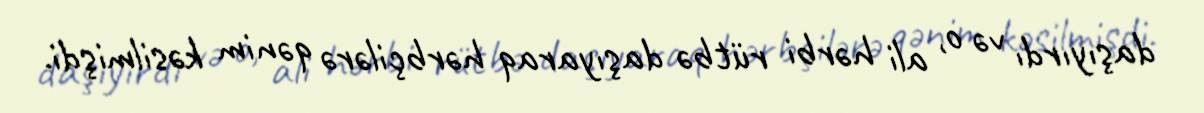
daşıyırdı və o, ali hərbi rütbə daşıyaraq hərbçilərə qənim kəsilmişdi.